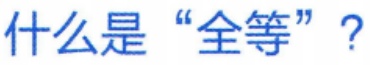
什么是“全等”？